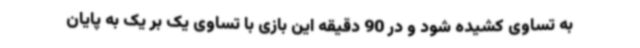
به تساوی کشیده شود و در 90 دقیقه این بازی با تساوی یک بر یک به پایان